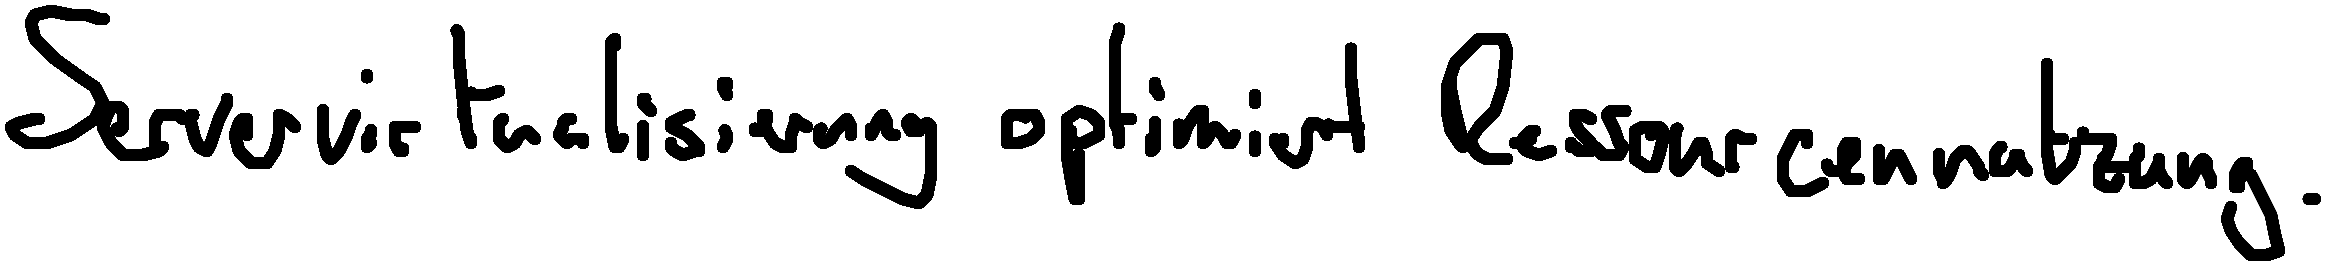
Servervirtualisierung optimiert Ressourcennutzung.